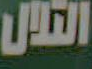
التلال